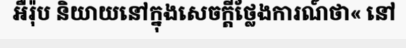
អឺរ៉ុប និយាយនៅក្នុងសេចក្តីថ្លែងការណ៍ថា« នៅ